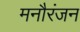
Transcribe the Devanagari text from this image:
मनौरंजन